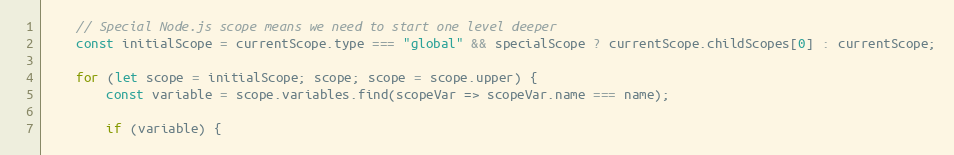
Language: JavaScript
    // Special Node.js scope means we need to start one level deeper
    const initialScope = currentScope.type === "global" && specialScope ? currentScope.childScopes[0] : currentScope;

    for (let scope = initialScope; scope; scope = scope.upper) {
        const variable = scope.variables.find(scopeVar => scopeVar.name === name);

        if (variable) {